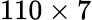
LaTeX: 110\times 7